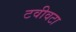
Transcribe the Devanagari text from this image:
टवीवटा